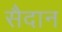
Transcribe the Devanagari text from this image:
सैदान